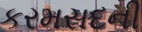
કરમસદની